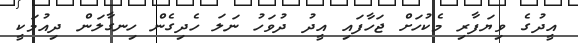
އީދުގެ ވިޔަފާރި މެކުހަށް ޖަހާފައި އީދު ދުވަހު ނަލަ ހެދިގެން ހިނގާލަން ދިއުމަކީ